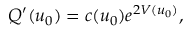
\begin{array} { r } { Q ^ { \prime } ( u _ { 0 } ) = c ( u _ { 0 } ) e ^ { 2 V ( u _ { 0 } ) } , } \end{array}